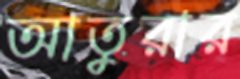
আতুরার